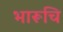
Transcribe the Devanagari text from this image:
भारूचि